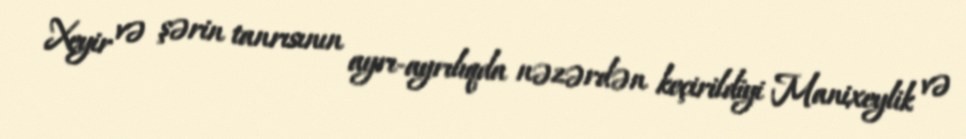
Xeyir və şərin tanrısının ayrı-ayrılıqda nəzərdən keçirildiyi Manixeylik və